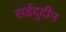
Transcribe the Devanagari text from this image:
सईदुदीन